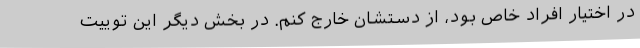
در اختیار افراد خاص بود، از دستشان خارج کنم. در بخش دیگر این توییت